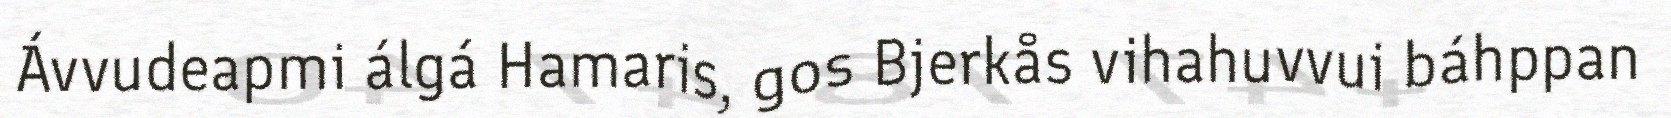
Ávvudeapmi álgá Hamaris, gos Bjerkås vihahuvvui báhppan